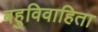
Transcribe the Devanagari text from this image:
बहुविवाहिता